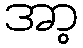
အာ့